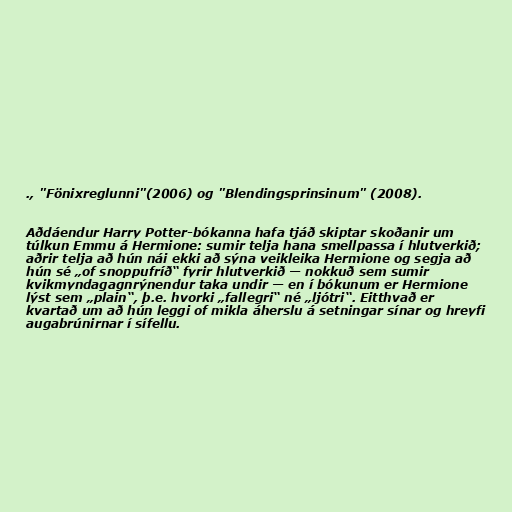
., "Fönixreglunni"(2006) og "Blendingsprinsinum" (2008).

Aðdáendur Harry Potter-bókanna hafa tjáð skiptar skoðanir um
túlkun Emmu á Hermione: sumir telja hana smellpassa í hlutverkið;
aðrir telja að hún nái ekki að sýna veikleika Hermione og segja að
hún sé „of snoppufríð“ fyrir hlutverkið — nokkuð sem sumir
kvikmyndagagnrýnendur taka undir — en í bókunum er Hermione
lýst sem „plain“, þ.e. hvorki „fallegri“ né „ljótri“. Eitthvað er
kvartað um að hún leggi of mikla áherslu á setningar sínar og hreyfi
augabrúnirnar í sífellu.